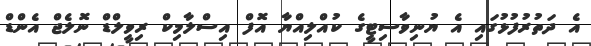
އެ ދަތުރުފުޅުގައި އެ ޔުނިވާސިޓީގެ ކުއްލިއްޔާ އޮފް އިސްލާމިކް ރިވީލްޑް ނޮލެޖް އެންޑް